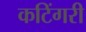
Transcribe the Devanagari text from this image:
कटिंगरी